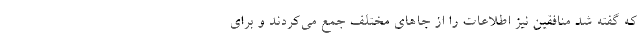
که گفته شد منافقین نیز اطلاعات را از جاهای مختلف جمع می‌کردند و برای